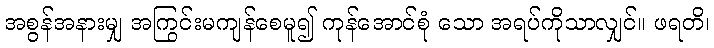
အစွန်အနားမျှ အကြွင်းမကျန်စေမူ၍ ကုန်အောင်စုံ သော အရပ်ကိုသာလျှင်။ ဖရတိ၊